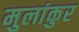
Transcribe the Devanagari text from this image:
मुलांकुर